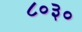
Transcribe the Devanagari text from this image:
८०३०